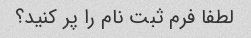
لطفا فرم ثبت نام را پر کنید؟